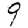
Digit: 9